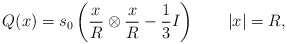
\begin{align*}Q(x)=s_0\left(\frac x R \otimes \frac x R - \frac 13 I \right) \qquad|x|=R,\end{align*}